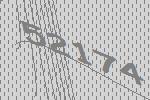
52174